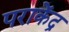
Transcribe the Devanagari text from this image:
पराकेंद्र